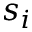
s _ { i }